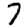
Digit: 7